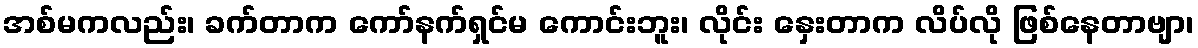
အစ်မကလည်း၊ ခက်တာက ကော်နက်ရှင်မ ကောင်းဘူး၊ လိုင်း နှေးတာက လိပ်လို ဖြစ်နေတာဗျာ၊